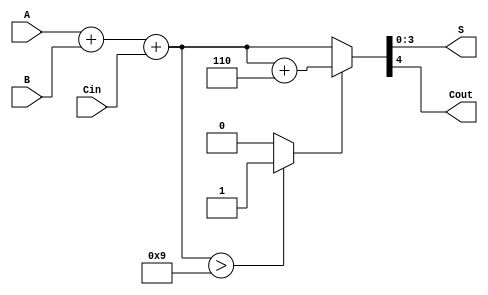
module BCD_Ripple_Carry_Adder (
    input [3:0] A,     // First BCD digit
    input [3:0] B,     // Second BCD digit
    input Cin,         // Carry-in
    output [3:0] S,    // BCD sum output
    output Cout        // Carry-out
);

    wire [4:0] sum;    // Sum wire to hold the intermediate sum
    wire [4:0] corrected_sum; // Corrected sum after BCD adjustment
    wire carry_out;     // Carry out from the addition

    // Full Adder for each bit
    assign sum = A + B + Cin; // Initial sum of A, B and Cin

    // Check if the sum exceeds 9 (1001 in binary)
    assign carry_out = (sum > 4'b1001) ? 1'b1 : 1'b0;

    // BCD correction: if carry_out is 1, add 6 (0110)
    assign corrected_sum = carry_out ? (sum + 5'b00110) : sum;

    // Assign final BCD sum and carry-out
    assign S = corrected_sum[3:0]; // 4-bit BCD result
    assign Cout = corrected_sum[4]; // Carry-out

endmodule